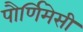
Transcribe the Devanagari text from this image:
पौर्णिमेसी